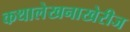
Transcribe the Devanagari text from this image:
कथालेखनाखेरीज